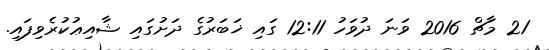
21 މާޗް 2016 ވަނަ ދުވަހު 12:11 ގައި ޚަބަރުގެ ދަށުގައި ޝާއިޢުކުރެވިފައި.